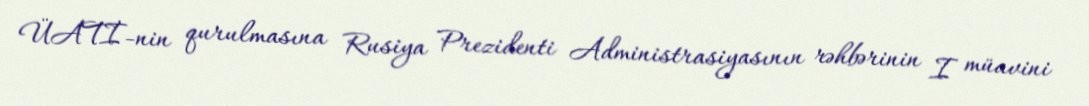
ÜATİ-nin qurulmasına Rusiya Prezidenti Administrasiyasının rəhbərinin I müavini